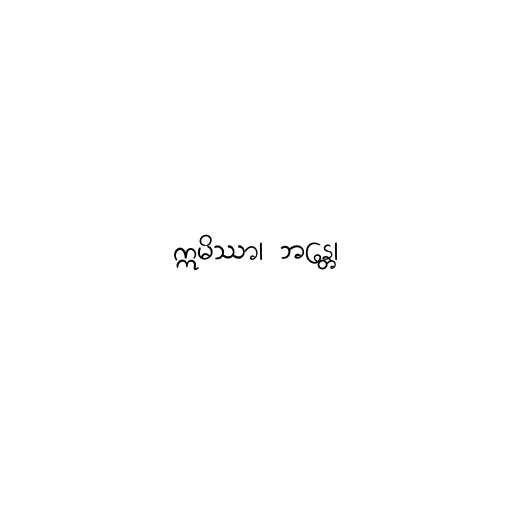
ဣမိဿာ၊ ဘန္တေ၊